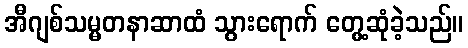
အီဂျစ်သမ္မတနာဆာထံ သွားရောက် တွေ့ဆုံခဲ့သည်။